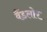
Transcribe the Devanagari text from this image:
वैंडलोर